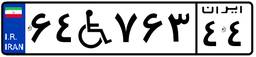
۶۴W۷۶۳۴۴